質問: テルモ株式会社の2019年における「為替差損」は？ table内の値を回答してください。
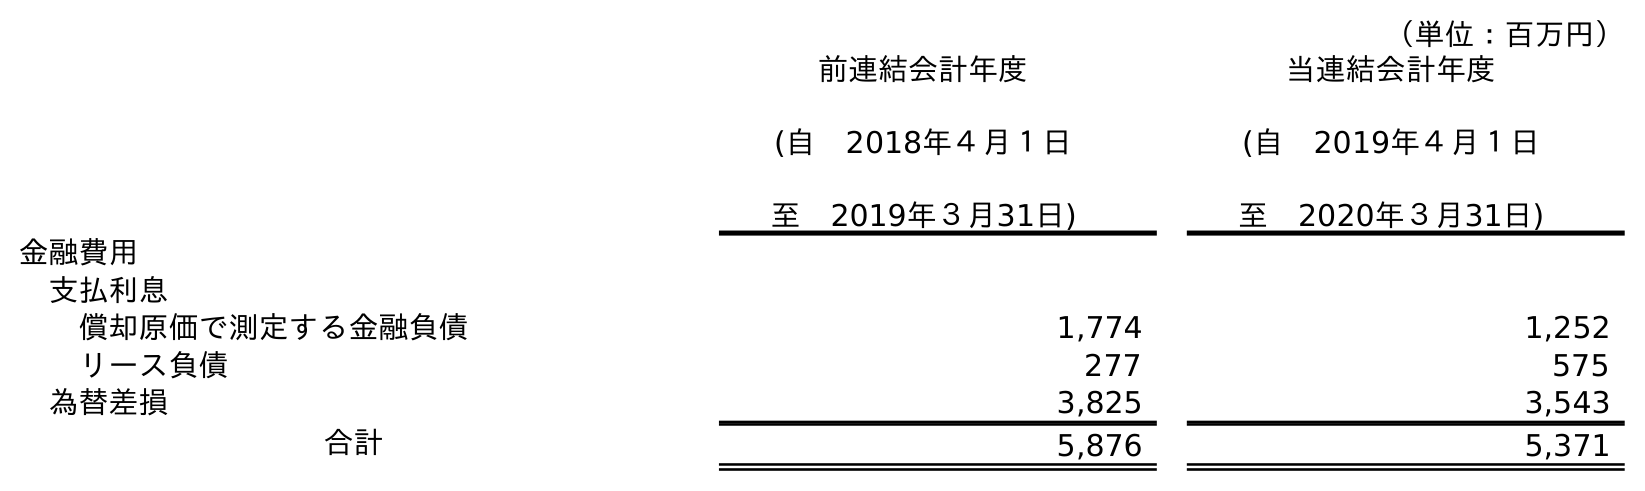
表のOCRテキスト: （単位：百万円） 前連結会計年度 (自 2018年４月１日 至 2019年３月31日) 当連結会計年度 (自 2019年４月１日 至 2020年３月31日) 金融費用 支払利息 償却原価で測定する金融負債 1,774 1,252 リース負債 277 575 為替差損 3,825 3,543 合計 5,876 5,371
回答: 3,825